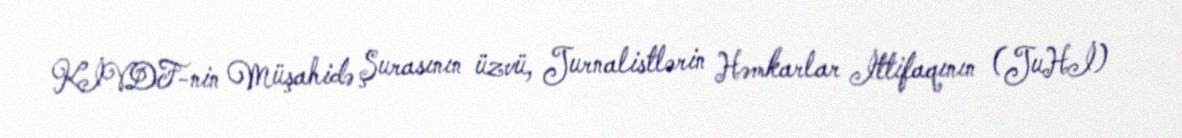
KİVDF-nin Müşahidə Şurasının üzvü, Jurnalistlərin Həmkarlar İttifaqının (JuHİ)